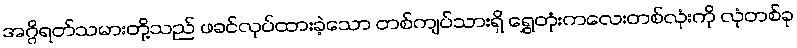
အဂ္ဂိရတ်သမားတို့သည် ဖခင်လုပ်ထားခဲ့သော တစ်ကျပ်သားရှိ ရွှေတုံးကလေးတစ်လုံးကို လုံတစ်ခု